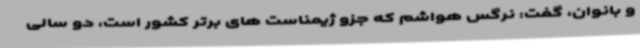
و بانوان، گفت: نرگس هواشم که جزو ژیمناست های برتر کشور است، دو سالی